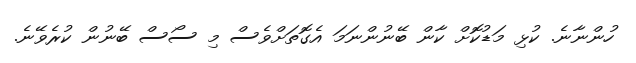
ހުންނާނެ. ކުޅި މަޑުކޮށް ކާން ބޭނުންނަމަ އެގޮތަށްވެސް މި ސޯސް ބޭނުން ކުރެވޭނެ.